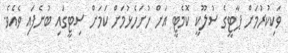
ވަކިކުރުމަށް ޕާޓީގެ ސުލޫކީ ކޮމެޓީ އަށް ހުށަހެޅުމަށް ކަމަށް ސިޓީގައި ބުނެފައި ވެއެވެ.